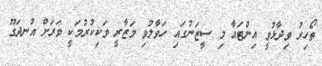
ތޯހިރު ވިދާޅުވީ އިންޓައާ މި ސީޒަނުގައި ހަވާލުވި މަޒާރީ ވަކިކުރުމަކީ ވަރަށް އުނދަގޫ